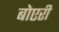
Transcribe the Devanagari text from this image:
बोएरी